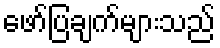
ဖော်ပြချက်များသည်